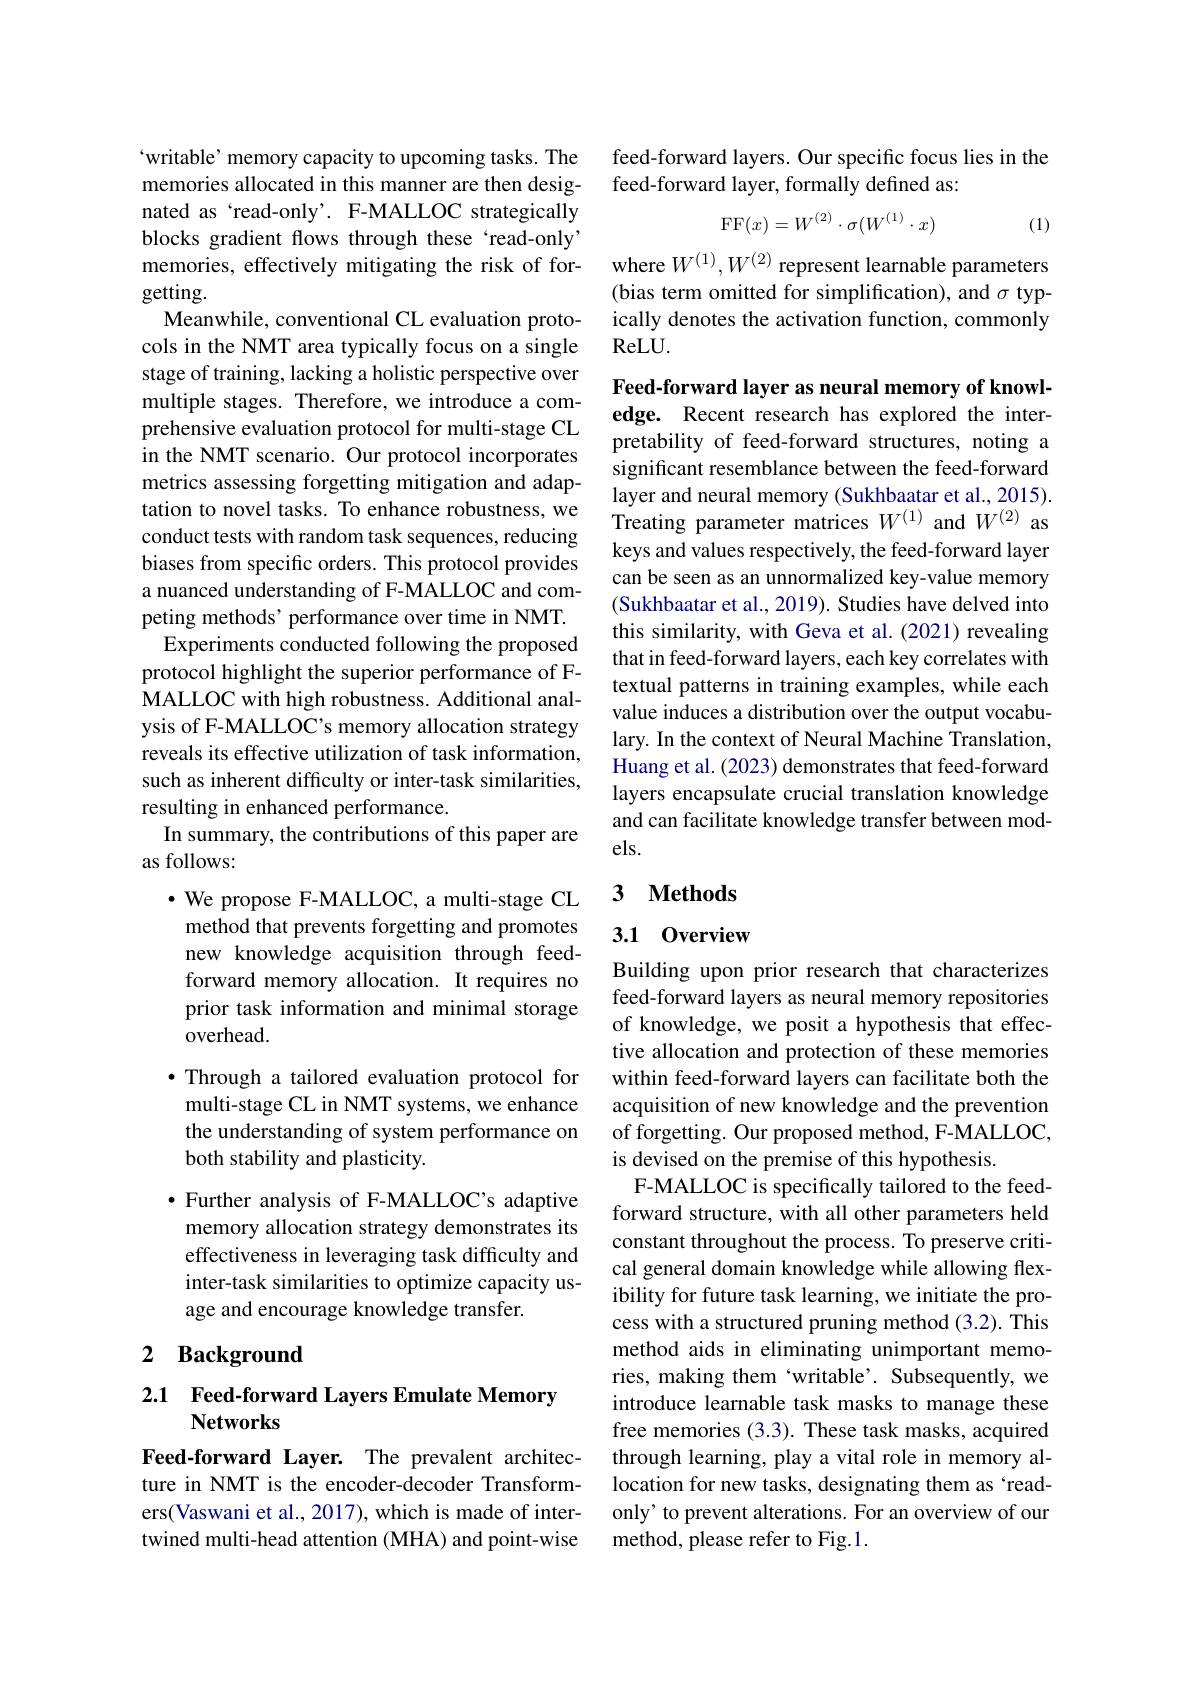
“writable’ memory capacity to upcoming tasks. The

memories allocated in this manner are then desig-

nated as `read-only'. F-MALLOC strategically

blocks gradient flows through these `read-only"

getting.

Meanwhile, conventional CL evaluation proto-

cols in the NMT area typically focus on a single

stage of training, lacking a holistic perspective over

multiple stages. Therefore, we introduce a com-

prehensive evaluation protocol for multi-stage CL

in the NMT scenario. Our protocol incorporates

metrics assessing forgetting mitigation and adap-

tation to novel tasks. To enhance robustness, we

conduct tests with random task sequences, reducing

biases from specific orders. This protocol provides

a nuanced understanding of F-MALLOC and com-

peting methods' performance over time in NMT.

Experiments conducted following the proposed

protocol highlight the superior performance of F-

MALLOC with high robustness. Additional anal-

ysis of F-MALLOC's memory allocation strategy

reveals its effective utilization of task information,

such as inherent difficulty or inter-task similarities,

resulting in enhanced performance.

In summary, the contributions of this paper are

as follows:

$\cdot$ We propose F-MALLOC, a multi-stage CL method that prevents forgetting and promotes new knowledge acquisition through feedforward memory allocation. It requires no prior task information and minimal storage overhead.

·Through a tailored evaluation protocol for multi-stage CL in NMT systems, we enhance the understanding of system performance on both stability and plasticity.

$\bullet$ Further analysis of F-MALLOC's adaptive memory allocation strategy demonstrates its effectiveness in leveraging task difficulty and inter-task similarities to optimize capacity usage and encourage knowledge transfer.

# 2 Background

## 2.1 Feed-forward Layers Emulate Memory Networks

Feed-forward Layer. The prevalent architecture in NMT is the encoder-decoder Transformers(Vaswani et al., 2017), which is made of intertwined multi-head attention (MHA) and point-wise

feed-forward layers. Our specific focus lies in the
feed-forward layer, formally defined as:
$$\mathrm{FF}(x)=W^{(2)}\cdot\sigma(W^{(1)}\cdot x)$$
(1)

memories, effectively mitigating the risk of for- where $W^{(1)},W^{(2)}$ represent learnable parameters
(bias term omitted for simplification), and $\sigma$ typically denotes the activation function, commonly ReLU.

Feed-forward layer as neural memory of knowledge. Recent research has explored the interpretability of feed-forward structures, noting a significant resemblance between the feed-forward layer and neural memory (Sukhbaatar et al., 2015). Treating parameter matrices $W^{(1)}$ and $W^{(2)}$ as keys and values respectively, the feed-forward layer can be seen as an unnormalized key-value memory (Sukhbaatar et al., 2019). Studies have delved into this similarity, with Geva et al.(2021) revealing that in feed-forward layers, each key correlates with textual patterns in training examples, while each value induces a distribution over the output vocabulary. In the context of Neural Machine Translation, Huang et al. (2023) demonstrates that feed-forward layers encapsulate crucial translation knowledge and can facilitate knowledge transfer between models.

## 3 $\textbf{Methods}$

## 3.1 Overview

Building upon prior research that characterizes feed-forward layers as neural memory repositories of knowledge, we posit a hypothesis that effective allocation and protection of these memories within feed-forward layers can facilitate both the acquisition of new knowledge and the prevention of forgetting. Our proposed method, F-MALLOC, is devised on the premise of this hypothesis.
F-MALLOC is specifically tailored to the feedforward structure, with all other parameters held constant throughout the process. To preserve critical general domain knowledge while allowing flexibility for future task learning, we initiate the process with a structured pruning method (3.2). This method aids in eliminating unimportant memories, making them 'writable'. Subsequently, we introduce learnable task masks to manage these free memories (3.3). These task masks, acquired through learning, play a vital role in memory allocation for new tasks, designating them as `readonly' to prevent alterations. For an overview of our method, please refer to Fig.1.